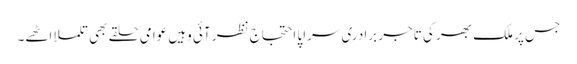
جس پر ملک بھر کی تاجر برادری سراپا احتجاج نظر آئی وہیں عوامی حلقے بھی تلملا اٹھے۔